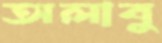
অলাবু